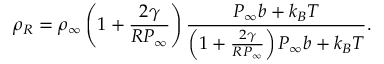
{ { \rho } _ { R } } = { { \rho } _ { \infty } } \left( 1 + \frac { 2 \gamma } { R { { P } _ { \infty } } } \right) \frac { { { P } _ { \infty } } { b } + { { k } _ { B } } T } { \left( 1 + \frac { 2 \gamma } { R { { P } _ { \infty } } } \right) { { P } _ { \infty } } { b } + { { k } _ { B } } T } .